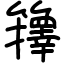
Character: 籜